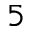
5